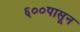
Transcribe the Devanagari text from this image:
६००पासून